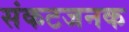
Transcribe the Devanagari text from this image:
संकटजनक